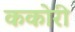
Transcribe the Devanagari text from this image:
ककोरी